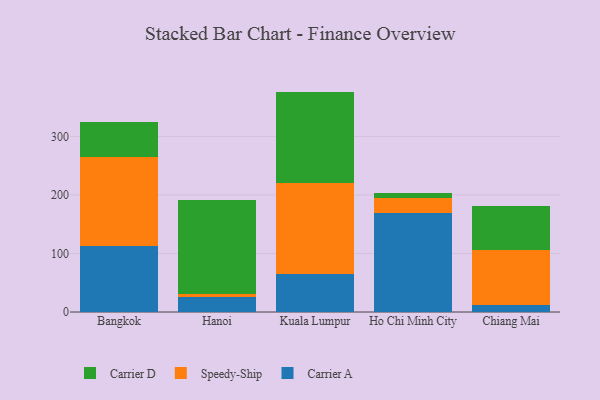
{"axis": {"x": "City", "y": "Churn Rate (%)"}, "legend": ["Carrier A", "Carrier D", "Speedy-Ship"], "data": [{"x": "Bangkok", "y": 112.3, "type": "Carrier A"}, {"x": "Bangkok", "y": 152.3, "type": "Speedy-Ship"}, {"x": "Bangkok", "y": 60.9, "type": "Carrier D"}, {"x": "Hanoi", "y": 24.8, "type": "Carrier A"}, {"x": "Hanoi", "y": 6.8, "type": "Speedy-Ship"}, {"x": "Hanoi", "y": 160.3, "type": "Carrier D"}, {"x": "Kuala Lumpur", "y": 64.1, "type": "Carrier A"}, {"x": "Kuala Lumpur", "y": 155.8, "type": "Speedy-Ship"}, {"x": "Kuala Lumpur", "y": 156.7, "type": "Carrier D"}, {"x": "Ho Chi Minh City", "y": 168.6, "type": "Carrier A"}, {"x": "Ho Chi Minh City", "y": 26.5, "type": "Speedy-Ship"}, {"x": "Ho Chi Minh City", "y": 8.9, "type": "Carrier D"}, {"x": "Chiang Mai", "y": 12.6, "type": "Carrier A"}, {"x": "Chiang Mai", "y": 93.6, "type": "Speedy-Ship"}, {"x": "Chiang Mai", "y": 74.5, "type": "Carrier D"}]}